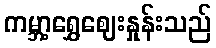
ကမ္ဘာ့ရွှေဈေးနှုန်းသည်